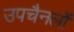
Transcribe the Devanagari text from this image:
उपचैनलों